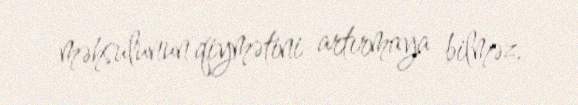
məhsulunun qiymətini artırmaya bilməz.